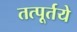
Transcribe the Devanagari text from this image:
तत्पूर्तये